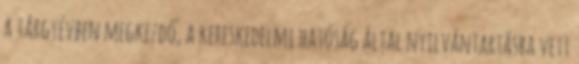
a tárgyévben megkezdő, a kereskedelmi hatóság által nyilvántartásba vett